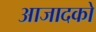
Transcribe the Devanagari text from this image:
आजादको